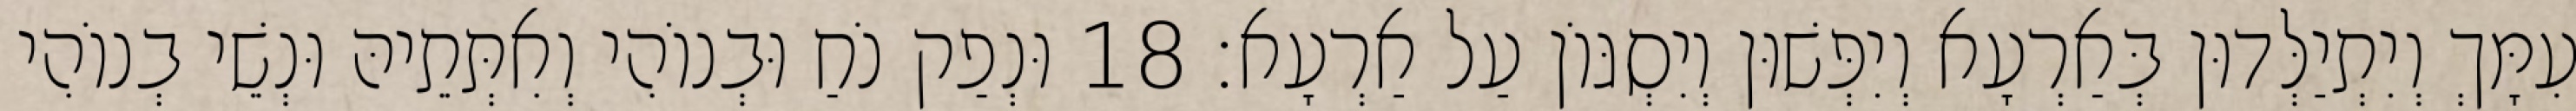
עִמָּךְ וְיִתְיַלְּדוּן בְּאַרְעָא וְיִפְּשׁוּן וְיִסְגּוֹן עַל אַרְעָא׃ 18 וּנְפַק נֹחַ וּבְנוֹהִי וְאִתְּתֵיהּ וּנְשֵׁי בְנוֹהִי